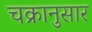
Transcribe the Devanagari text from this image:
चक्रानुसार